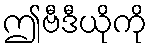
ဤဗီဒီယိုကို